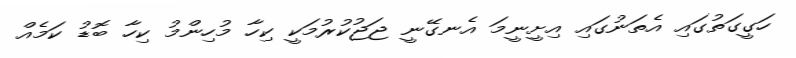
ހަގީގަތުގައި އެތަނުގައި އިށީނީމަ އެނގޭނީ ޖަޖުކުރުމަކީ ކިހާ މުހިންމު ކިހާ ބޮޑު ކަމެއް